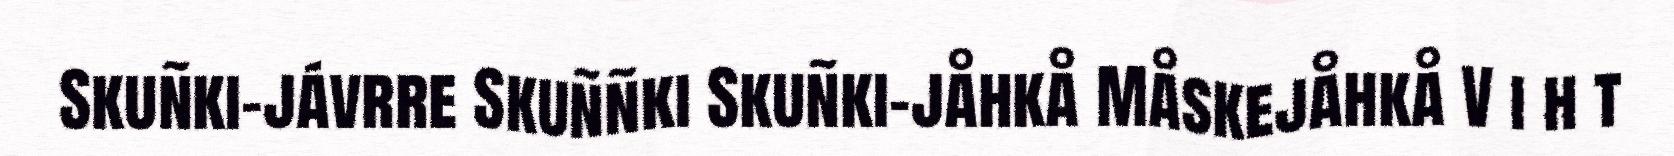
Skuñki-jávrre Skuññki Skuñki-jåhkå Måskejåhkå V i h t